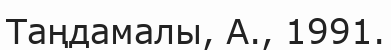
Таңдамалы, А., 1991.